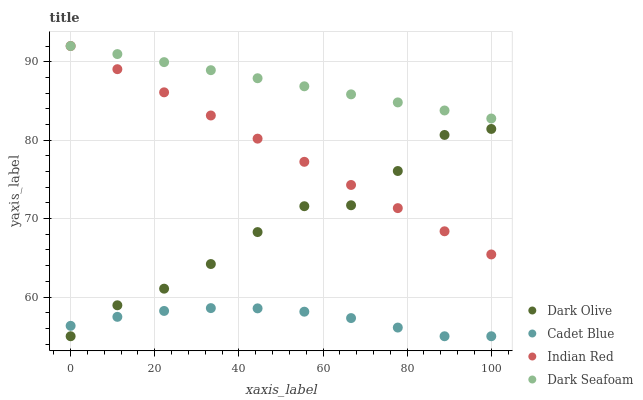
| xaxis_label | Dark Olive | Cadet Blue | Indian Red | Dark Seafoam |
 | --- | --- | --- | --- | --- |
 | 0 | 55 | 56.3 | 92 | 92 |
 | 11.1 | 58.9 | 57.5 | 89 | 91 |
 | 22.2 | 61.1 | 58.2 | 86.1 | 89.9 |
 | 33.3 | 64.2 | 58.6 | 83.1 | 88.9 |
 | 44.4 | 68.3 | 58.6 | 80.2 | 87.9 |
 | 55.6 | 71.6 | 58.1 | 77.2 | 86.9 |
 | 66.7 | 71.7 | 57.3 | 74.3 | 85.8 |
 | 77.8 | 76.1 | 56.1 | 71.3 | 84.8 |
 | 88.9 | 80.7 | 55 | 68.4 | 83.8 |
 | 100 | 81.4 | 55 | 65.4 | 82.8 |